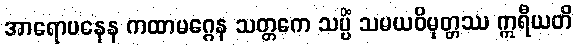
အာရောပနေန ကထာမဂ္ဂေန သတ္တကေ သပ္ပိံ သမယဝိမုတ္တဿ ဣရီယတိ